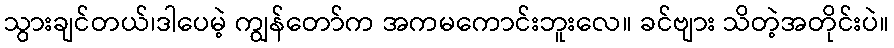
သွားချင်တယ်၊ဒါပေမဲ့ ကျွန်တော်က အကမကောင်းဘူးလေ။ ခင်ဗျား သိတဲ့အတိုင်းပဲ။